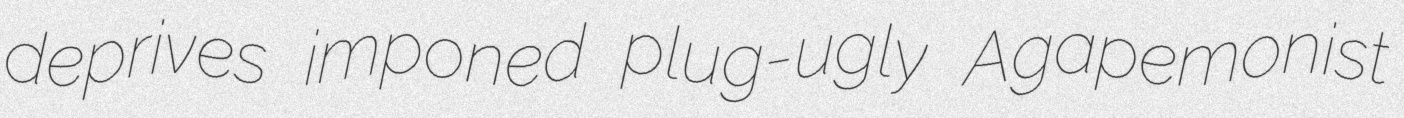
deprives imponed plug-ugly Agapemonist